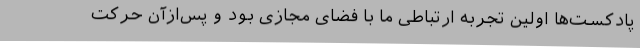
پادکست‌ها اولین تجربه ارتباطی ما با فضای مجازی بود و پس‌ازآن حرکت